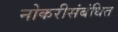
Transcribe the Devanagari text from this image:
नोकरीसंबंधित